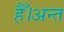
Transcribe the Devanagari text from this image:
हैँ।अन्त